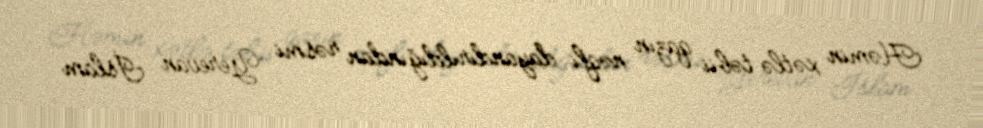
Həmin xətlə təbii qazın nəqli dayandırıldığından rəsmi Yerevan İslam